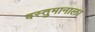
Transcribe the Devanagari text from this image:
वस्तुमानाला